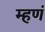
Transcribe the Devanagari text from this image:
म्हणं